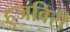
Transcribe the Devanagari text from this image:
हुजविरी